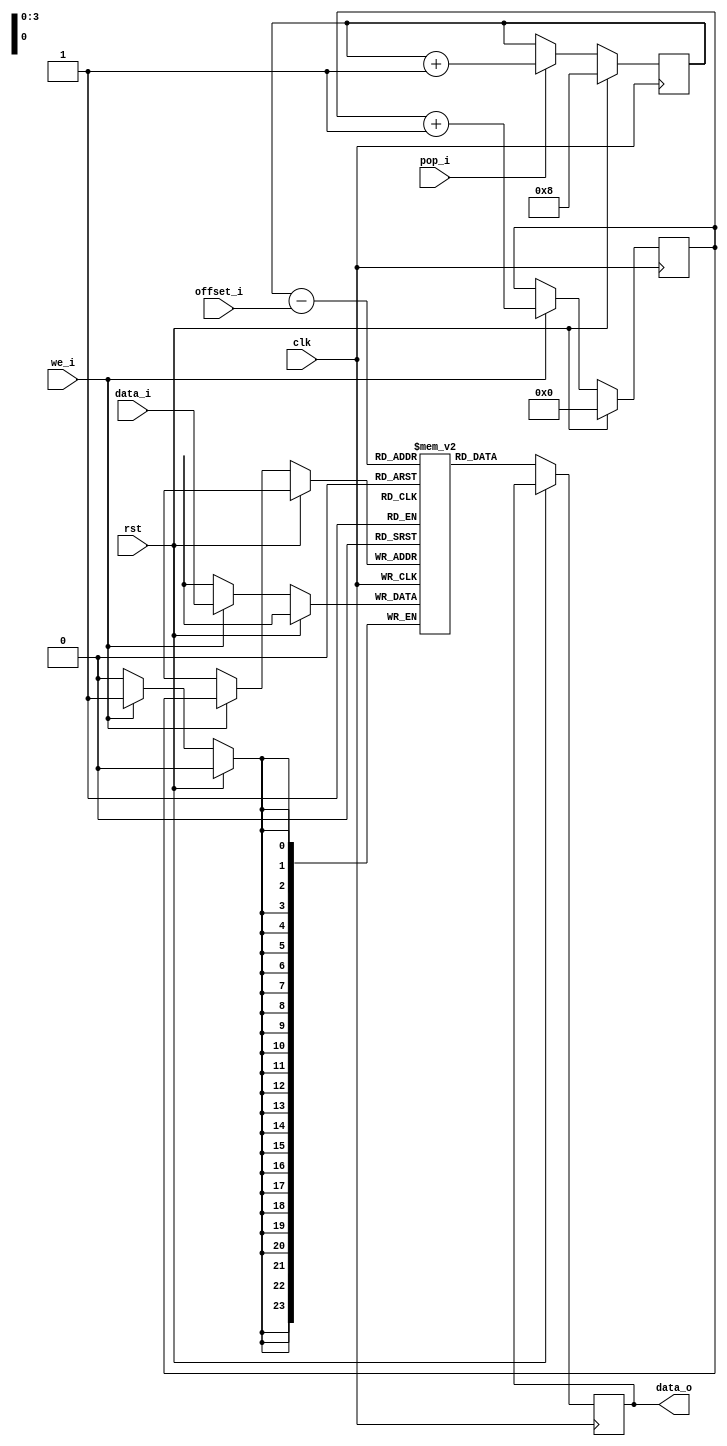
module ringbuf
#(
    parameter LEN = 16,
    parameter LEN_LOG2 = 4,
    parameter RITER_START = LEN/2
)(
    input wire clk,
    input wire rst,

    input wire [23:0] data_i,
    input wire we_i,
    
    input wire pop_i,
    input wire [(LEN_LOG2-1):0] offset_i,
    output wire [23:0] data_o);

reg [23:0] mem [(LEN-1):0];

// WRITE
reg [(LEN_LOG2-1):0] witer;
always @(posedge clk) begin
    if(rst) begin
        witer <= 0;
    end else begin
        if(we_i) begin
        `ifdef DEBUG
            $display("ringbuf: write addr: %d/%d data: %h", witer, LEN, data_i);
        `endif
            mem[witer] <= data_i;
            witer <= witer + 1;
        end
    end
end

// READ
reg [(LEN_LOG2-1):0] riter;
wire [(LEN_LOG2-1):0] raddr = riter - offset_i;

reg [23:0] data_ff;
assign data_o = data_ff;

always @(posedge clk) begin
    if(rst)
        riter <= RITER_START;
    else begin
        if(pop_i)
            riter <= riter + 1;
            
        data_ff <= mem[raddr];
    end
end

endmodule